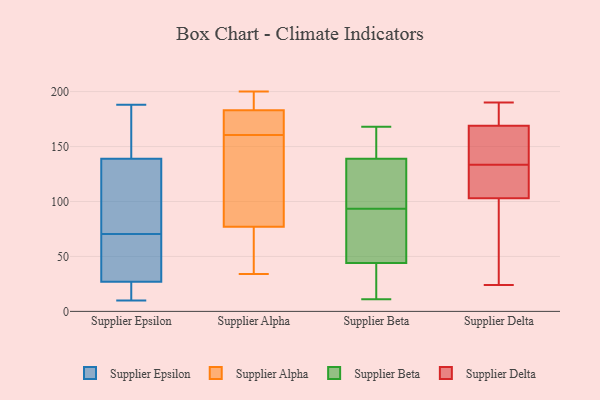
{"axis": {"x": "Tickets Resolved", "y": "Value"}, "legend": ["Supplier Alpha", "Supplier Beta", "Supplier Delta", "Supplier Epsilon"], "data": [{"x": "", "y": 17, "type": "Supplier Epsilon"}, {"x": "", "y": 145, "type": "Supplier Epsilon"}, {"x": "", "y": 59, "type": "Supplier Epsilon"}, {"x": "", "y": 164, "type": "Supplier Epsilon"}, {"x": "", "y": 188, "type": "Supplier Epsilon"}, {"x": "", "y": 67, "type": "Supplier Epsilon"}, {"x": "", "y": 82, "type": "Supplier Epsilon"}, {"x": "", "y": 26, "type": "Supplier Epsilon"}, {"x": "", "y": 83, "type": "Supplier Epsilon"}, {"x": "", "y": 28, "type": "Supplier Epsilon"}, {"x": "", "y": 106, "type": "Supplier Epsilon"}, {"x": "", "y": 138, "type": "Supplier Epsilon"}, {"x": "", "y": 18, "type": "Supplier Epsilon"}, {"x": "", "y": 73, "type": "Supplier Epsilon"}, {"x": "", "y": 10, "type": "Supplier Epsilon"}, {"x": "", "y": 68, "type": "Supplier Epsilon"}, {"x": "", "y": 18, "type": "Supplier Epsilon"}, {"x": "", "y": 164, "type": "Supplier Epsilon"}, {"x": "", "y": 140, "type": "Supplier Epsilon"}, {"x": "", "y": 36, "type": "Supplier Epsilon"}, {"x": "", "y": 34, "type": "Supplier Alpha"}, {"x": "", "y": 151, "type": "Supplier Alpha"}, {"x": "", "y": 47, "type": "Supplier Alpha"}, {"x": "", "y": 183, "type": "Supplier Alpha"}, {"x": "", "y": 85, "type": "Supplier Alpha"}, {"x": "", "y": 199, "type": "Supplier Alpha"}, {"x": "", "y": 77, "type": "Supplier Alpha"}, {"x": "", "y": 175, "type": "Supplier Alpha"}, {"x": "", "y": 170, "type": "Supplier Alpha"}, {"x": "", "y": 200, "type": "Supplier Alpha"}, {"x": "", "y": 139, "type": "Supplier Beta"}, {"x": "", "y": 76, "type": "Supplier Beta"}, {"x": "", "y": 114, "type": "Supplier Beta"}, {"x": "", "y": 144, "type": "Supplier Beta"}, {"x": "", "y": 135, "type": "Supplier Beta"}, {"x": "", "y": 137, "type": "Supplier Beta"}, {"x": "", "y": 11, "type": "Supplier Beta"}, {"x": "", "y": 168, "type": "Supplier Beta"}, {"x": "", "y": 89, "type": "Supplier Beta"}, {"x": "", "y": 98, "type": "Supplier Beta"}, {"x": "", "y": 36, "type": "Supplier Beta"}, {"x": "", "y": 13, "type": "Supplier Beta"}, {"x": "", "y": 58, "type": "Supplier Beta"}, {"x": "", "y": 44, "type": "Supplier Beta"}, {"x": "", "y": 81, "type": "Supplier Beta"}, {"x": "", "y": 161, "type": "Supplier Beta"}, {"x": "", "y": 167, "type": "Supplier Beta"}, {"x": "", "y": 24, "type": "Supplier Beta"}, {"x": "", "y": 181, "type": "Supplier Delta"}, {"x": "", "y": 169, "type": "Supplier Delta"}, {"x": "", "y": 137, "type": "Supplier Delta"}, {"x": "", "y": 80, "type": "Supplier Delta"}, {"x": "", "y": 190, "type": "Supplier Delta"}, {"x": "", "y": 130, "type": "Supplier Delta"}, {"x": "", "y": 70, "type": "Supplier Delta"}, {"x": "", "y": 103, "type": "Supplier Delta"}, {"x": "", "y": 151, "type": "Supplier Delta"}, {"x": "", "y": 135, "type": "Supplier Delta"}, {"x": "", "y": 24, "type": "Supplier Delta"}, {"x": "", "y": 29, "type": "Supplier Delta"}, {"x": "", "y": 159, "type": "Supplier Delta"}, {"x": "", "y": 179, "type": "Supplier Delta"}, {"x": "", "y": 113, "type": "Supplier Delta"}, {"x": "", "y": 132, "type": "Supplier Delta"}, {"x": "", "y": 182, "type": "Supplier Delta"}, {"x": "", "y": 130, "type": "Supplier Delta"}]}